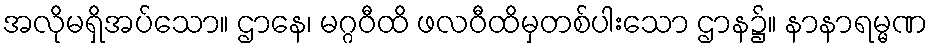
အလိုမရှိအပ်သော။ ဌာနေ၊ မဂ္ဂဝီထိ ဖလဝီထိမှတစ်ပါးသော ဌာန၌။ နာနာရမ္မဏ